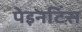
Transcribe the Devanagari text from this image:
पेइनटिंस